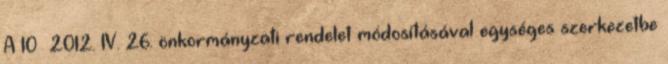
A 10 2012. IV. 26. önkormányzati rendelet módosításával egységes szerkezetbe